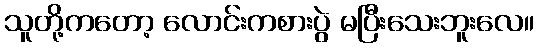
သူတို့ကတော့ လောင်းကစားပွဲ မပြီးသေးဘူးလေ။